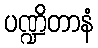
ပဏ္ဍိတာနံ